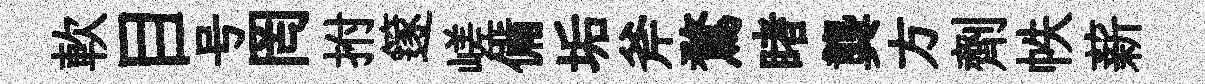
軟目号罔拊篴嵯備垢斧鶩睹龔方劑帙薪